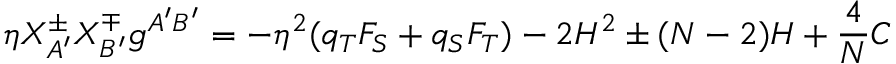
\eta X _ { A ^ { \prime } } ^ { \pm } X _ { B ^ { \prime } } ^ { \mp } g ^ { A ^ { \prime } B ^ { \prime } } = - \eta ^ { 2 } ( q _ { T } F _ { S } + q _ { S } F _ { T } ) - 2 H ^ { 2 } \pm ( N - 2 ) H + \frac { 4 } { N } C